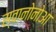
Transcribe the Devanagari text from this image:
स्वानोनोआ